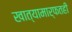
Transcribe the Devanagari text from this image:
खात्यामार्फतही